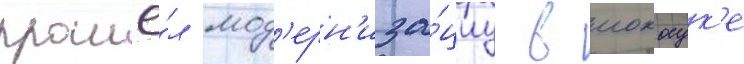
прошё́л мод'ерн'иза́циу в иокосук'е